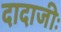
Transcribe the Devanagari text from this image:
दादाजीः